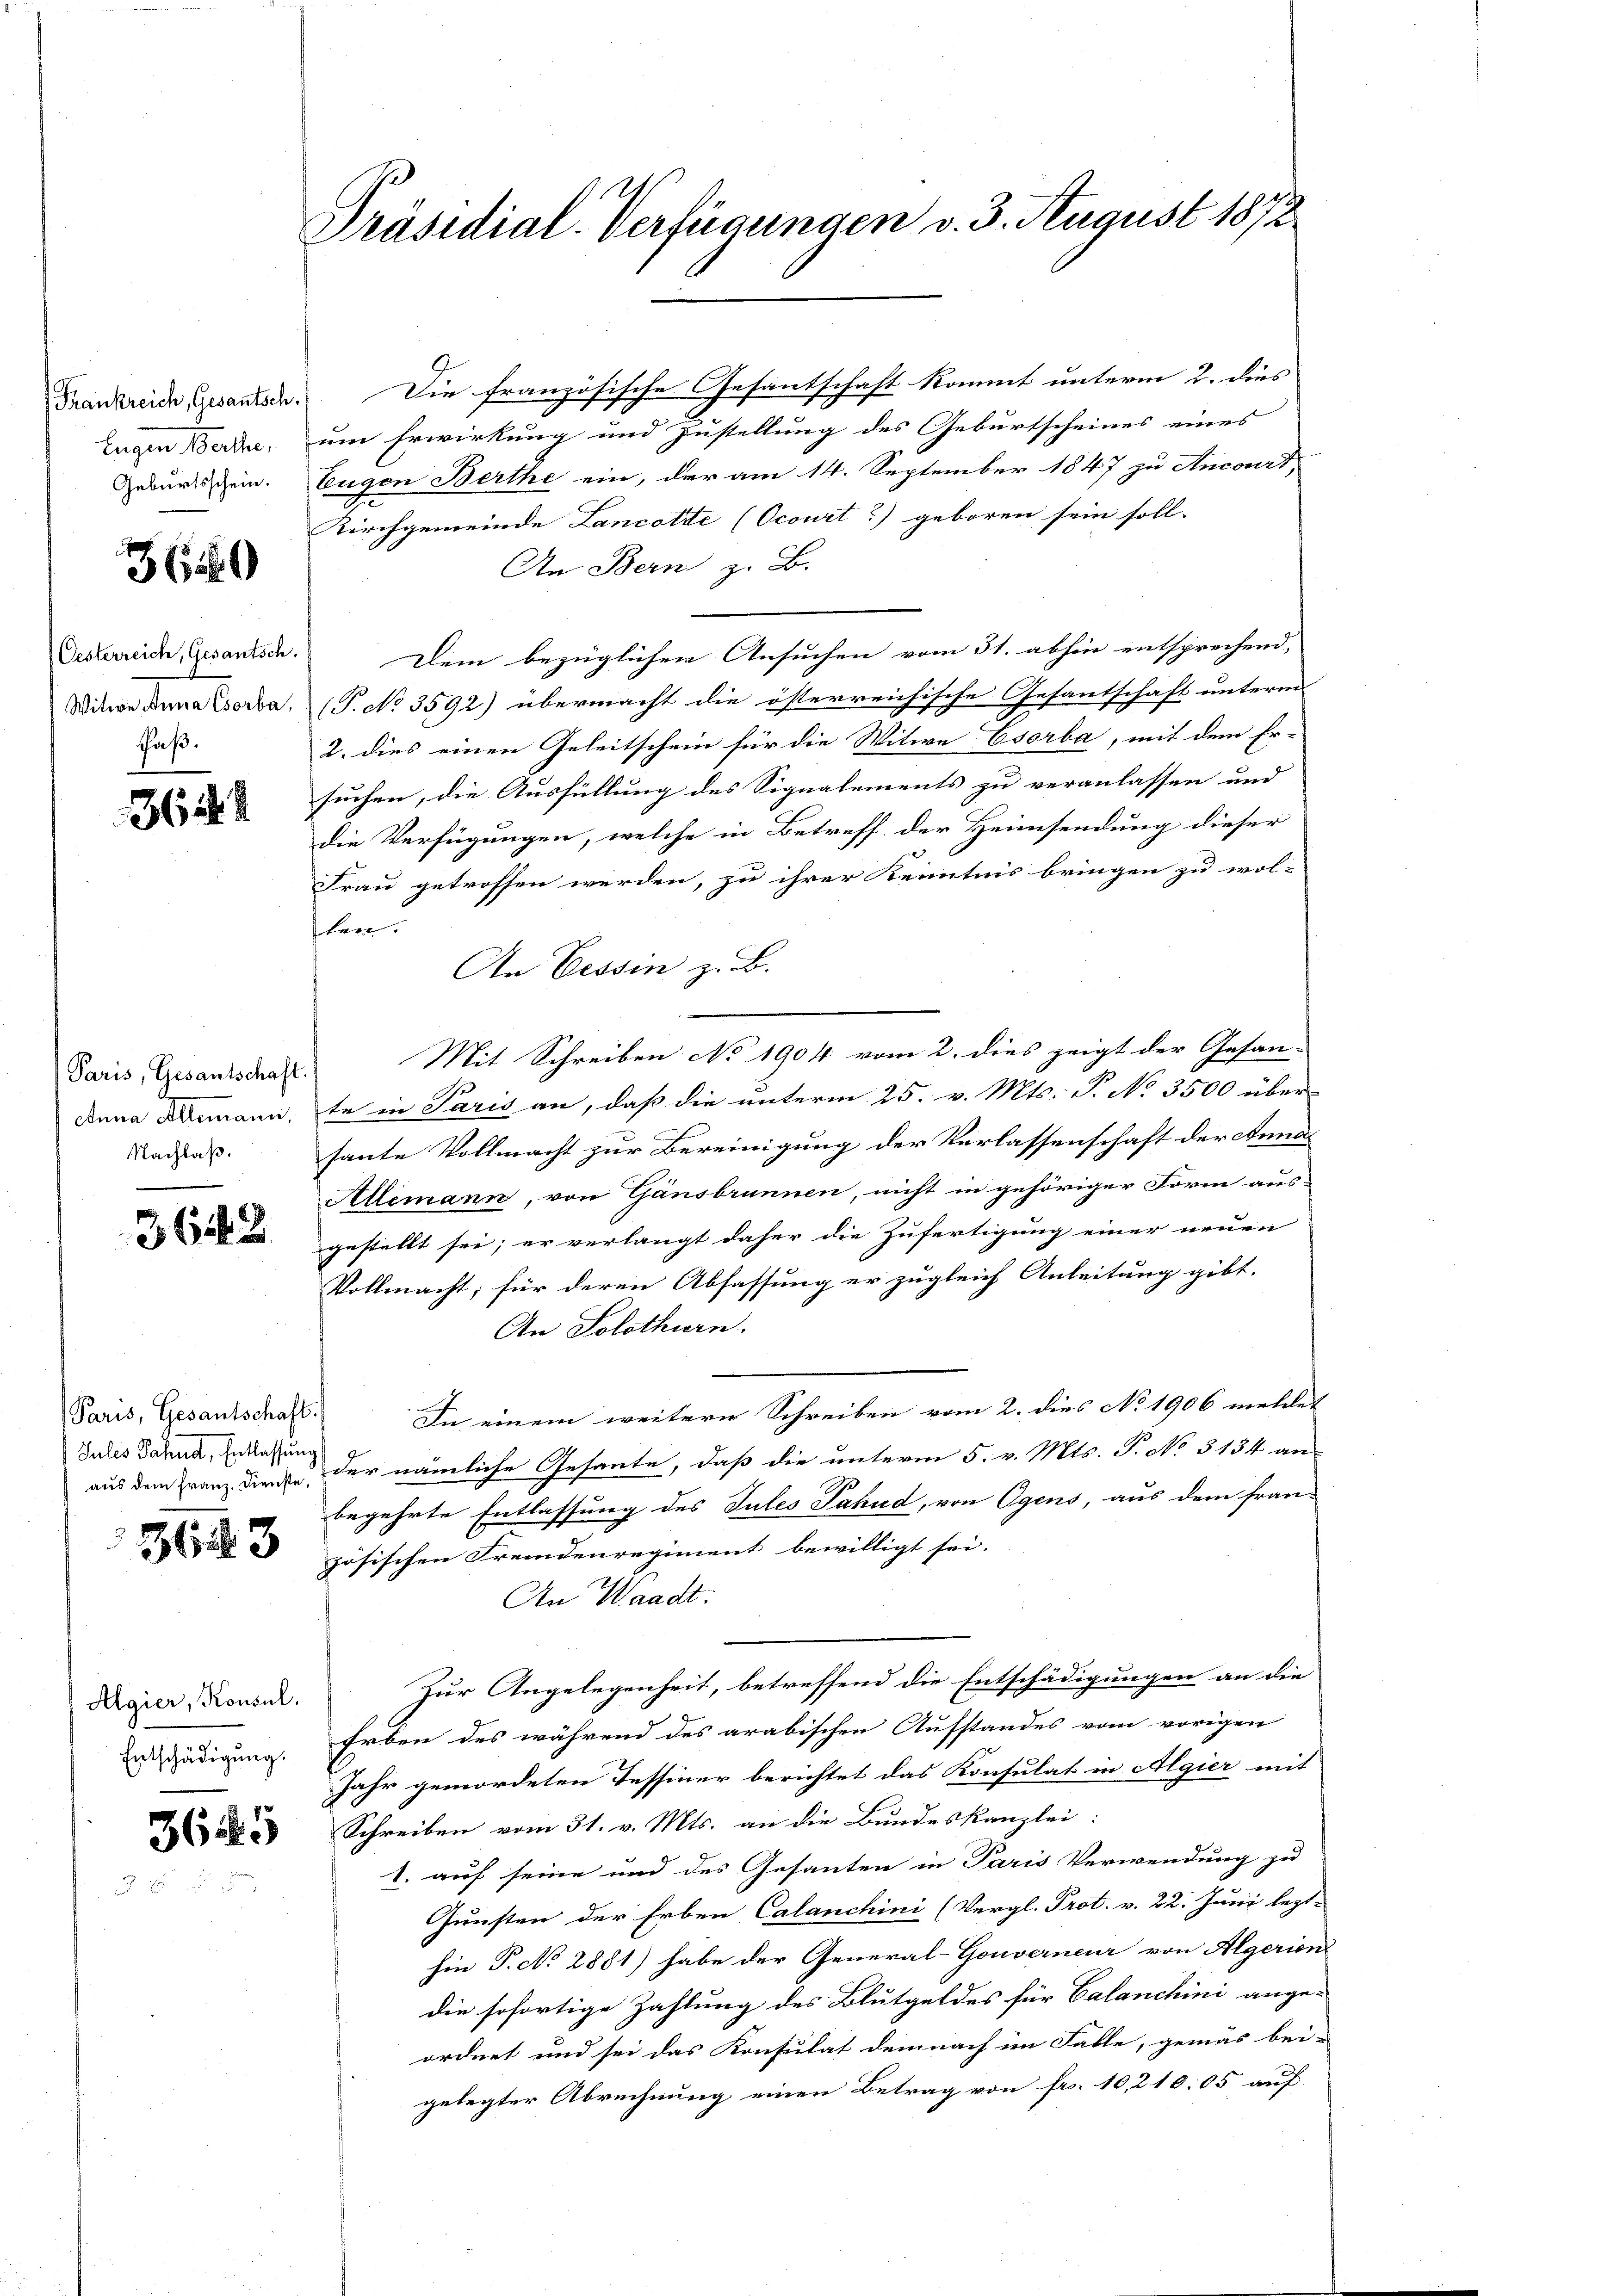
Frankreich, Gesantsch.
lagen Berthe
Geburtsschein.

369

Oesterreich, Gesantsch.
Witwe Anna Csorba,
Faß.

364.

Paris, Gesantschaft.
Anna Allemann,
Nachlaß.

3642

Paris, Gesantschaft.
Jules Fahnd, Entlassung

3643

Algier, Konsul,
Entschädigung.

365

Präsidial-Verfügungen v. 3. August 1872

Die französische Gesantschaft kommt unterm 2. dies
um Erwirkung und Zustellung des Geburtscheines eines
Eugen Berthe ein, der am 14. September 1847 zu Ancourt,
Kirchgemeinde Lancotte (Ocourt) geboren sein soll.
An Bern z. B.
Dem bezüglichen Ansuchen vom 31. abhin entsprechend,
(T. No 3592) übermacht die österreichische Gesantschaft unterm
2. dies einen Geleitschein für die Witwe Esorba, mit dem Er-
suchen, die Ausfüllung des Signalements zu veranlassen und
die Verfügungen, welche in Betreff der Heimsendung dieser
Frau getroffen werden, zu ihrer Kenntnis bringen zu wol-
ler.
An Cessin z. B.
Mit Schreiben No 1904 vom 2. dies zeigt der Gesan-
te in Paris an, daß die unterm 25. v. Mts. P. No 3500 über
sante Vollmacht zur Bereinigung der Verlassenschaft der Anna
Allemann, von Gänsbrunnen, nicht in gehöriger Form aus-
gestellt sei; er verlangt daher die Zufertigung einer neuen
Vollmacht; für deren Abfassung er zugleich Anleitung gibt.
An Solothurn.
In einem weitere Schreiben vom 2. dies No 1906 mellet
aus dem Franz diente der nämliche Gesante, daß die unterm 5. v. Mts. T. No 3134 an-
begehrte Entlassung des Tutes Fahnd, von Ogens, aus dem fran-
zösischen Fremdenregiment bewilligt sei.
An Waadt:
Zur Angelegenheit, betreffend die Entschädigungen an die
Erben des während des arabischen Aufstandes vom vorigen
Jahr gemordeten Tessiner berichtet das Konsulat in Algier mit
Schreiben vom 31. v. Mts. an die Bundeskanzlei:
1. auf seine und des Gesanten in Paris Verwendung zu
Gunsten der Erben Calanchini (Vergl. Prot. v. 22. Juni lezt-
hin P. No 2881) habe der General-Gouverneur von Algerien
die sofortige Zahlung des Blutgeldes für Calanchini ange-
ordnet und sei das Konsulat demnach im Falle, gemäs bei-
gelegter Abrechnung einen Betrag von fr. 10,210. 05 auf